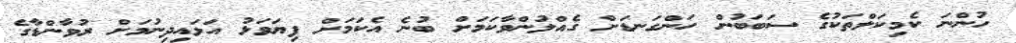
ހުންނަ ކެމިކަލްތަކުގެ ސަބަބުން ހަންގަނޑަށް ގެއްލުންވާކަމަށް ބުނެ އެކަމަށް ފިޔަވަޅު އަޅައިދިނުމަށް ރުވާންޑާގެ